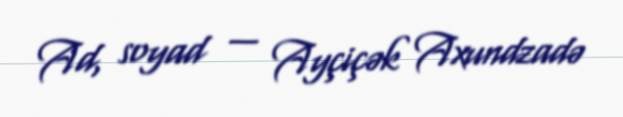
Ad, soyad — Ayçiçək Axundzadə